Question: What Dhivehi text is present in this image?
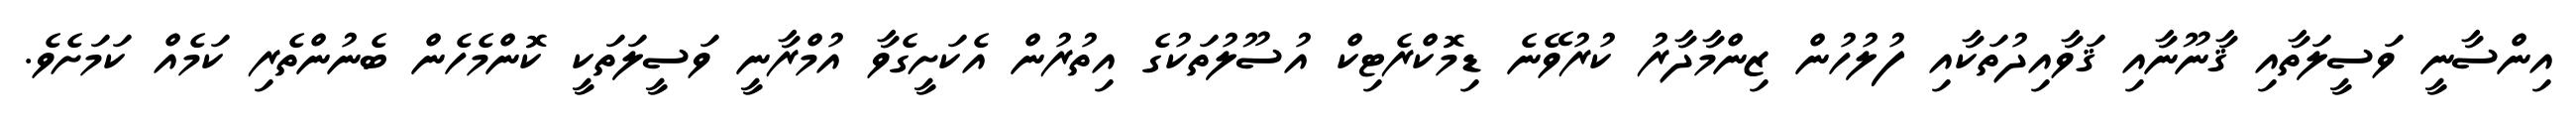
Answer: އިންސާނީ ވަސީލަތާއި ޤާނޫނާއި ޤަވާއިދުތަކާއި ފުލުހުން ޒިންމާދާރު ކުރުވޭނެ ޑިމޮކްރެޓިކް އުސޫލުތަކުގެ އިތުރުން އެކަށީގެވާ އުމްރާނީ ވަސީލަތަކީ ކޮންމެހެން ބެނުންތެރި ކަމެއް ކަމަށެވެ.